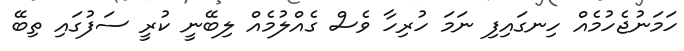
ހަމަނުޖެހުމެއް ހިނގައިފި ނަމަ ހުރިހާ ވެސް ގެއްލުމެއް ލިބޭނީ ކުރީ ސަފުގައި ތިބޭ